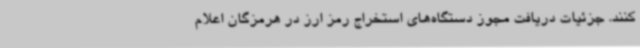
کنند. جزئیات دریافت مجوز دستگاه‌های استخراج رمز ارز در هرمزگان اعلام